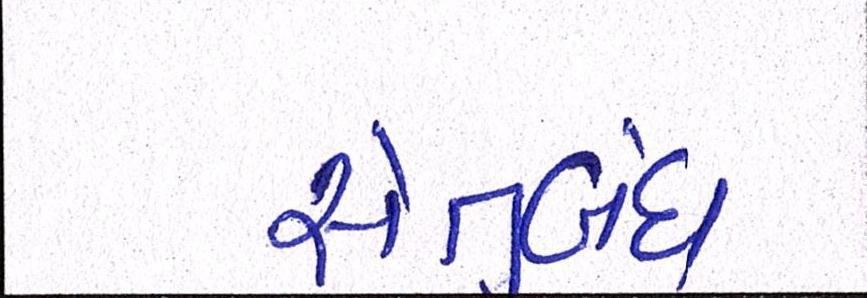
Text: સેતુબંધ